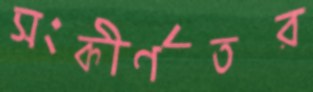
সংকীর্ণতর